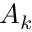
A _ { k }